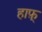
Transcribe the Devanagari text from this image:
हाफ़्